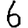
Digit: 6